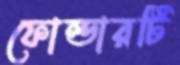
ফোল্ডারটি